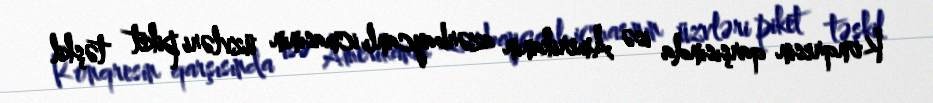
Konqresin qarşısında isə Amerikanın azərbaycanlı icmasının üzvləri piket təşkil